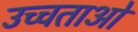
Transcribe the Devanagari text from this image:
उच्चताओं